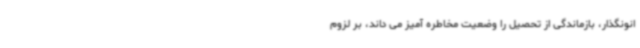
انونگذار، بازماندگی از تحصیل را وضعیت مخاطره آمیز می داند، بر لزوم